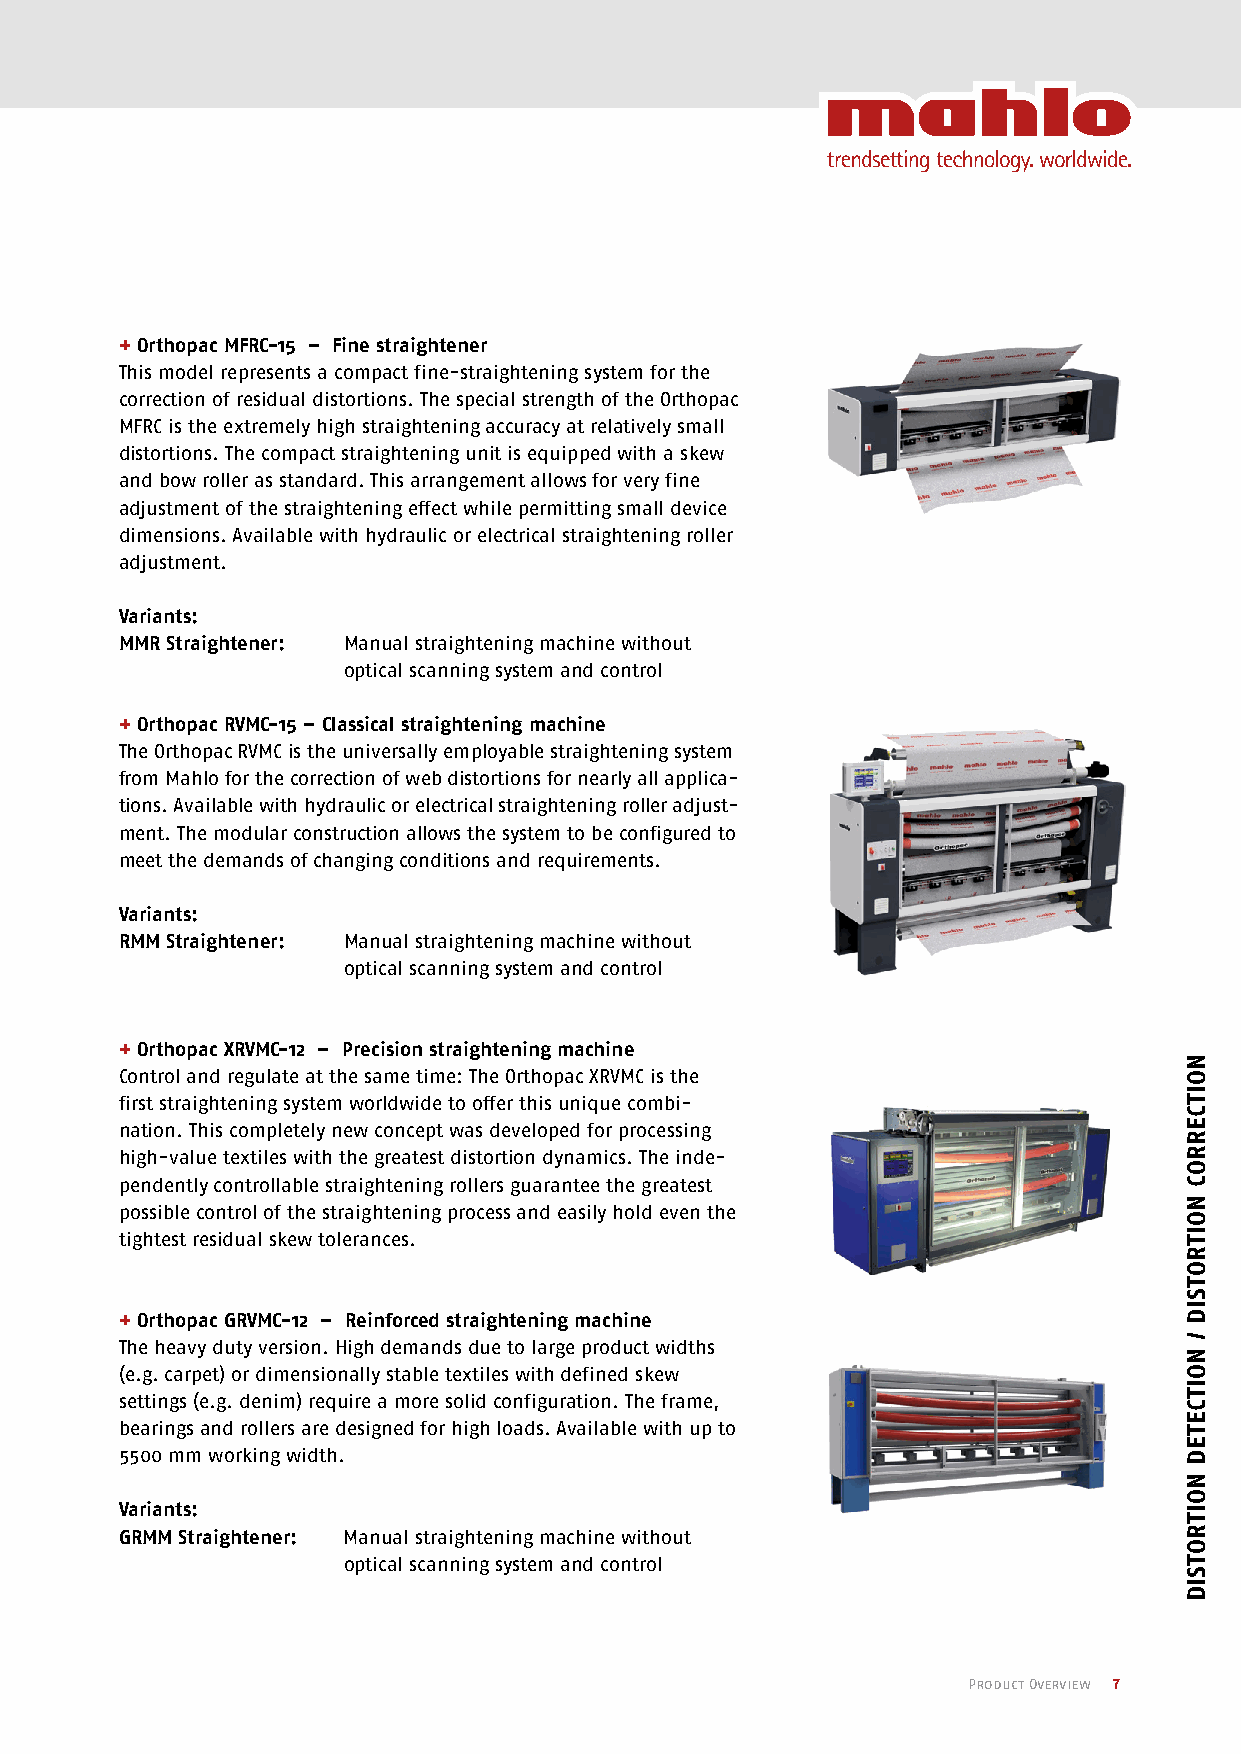
dISTORTION dETECTION ANd
 dISTORTION CORRECTION
 + Orthopac MFRC-15 – Fine straightener
 This model represents a compact fine-straightening system for the
 correction of residual distortions. The special strength of the Orthopac
 MFRC is the extremely high straightening accuracy at relatively small
 Corrects web distortion: The Orthopac automatic straightening system distortions. The compact straightening unit is equipped with a skew
 and bow roller as standard. This arrangement allows for very fine
 adjustment of the straightening effect while permitting small device
 dimensions. Available with hydraulic or electrical straightening roller
 adjustment.
 Variants:
 MMR Straightener: M anual straightening machine without
 optical scanning system and control
 + Orthopac RVMC-15 – Classical straightening machine
 The Orthopac RVMC is the universally employable straightening system
 from Mahlo for the correction of web distortions for nearly all applica-
 tions. Available with hydraulic or electrical straightening roller adjust-
 ment. The modular construction allows the system to be configured to
 meet the demands of changing conditions and requirements.
 Variants:
 RMM Straightener: M anual straightening machine without
 optical scanning system and control
 + Orthopac XRVMC-12 – Precision straightening machine
 Control and regulate at the same time: The Orthopac XRVMC is the
 first straightening system worldwide to offer this unique combi-
 nation. This completely new concept was developed for processing
 high-value textiles with the greatest distortion dynamics. The inde-
 pendently controllable straightening rollers guarantee the greatest
 possible control of the straightening process and easily hold even the
 tightest residual skew tolerances.
 + Orthopac GRVMC-12 – Reinforced straightening machine
 The heavy duty version. High demands due to large product widths
 (e.g. carpet) or dimensionally stable textiles with defined skew
 settings (e.g. denim) require a more solid configuration. The frame,
 bearings and rollers are designed for high loads. Available with up to
 5500 mm working width.
 Variants:
 GRMM Straightener: Manual straightening machine without
 optical scanning system and control
 Product Overview 7
 NOITCERROC
 NOITROTSId
 /
 NOITCETEd
 NOITROTSId